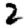
Digit: 2